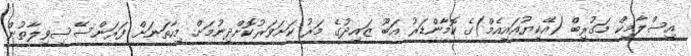
އިސްލާމިކް މަގުރިބް (އޭކިޔުއައިއެމް)ގެ ކޮމާންޑަރު އަބޫ ޒައިދުގެ މަރު ކަށަވަރުކޮށްދިނުމަށް މިހާތަނަށް ފަރަންސޭސިވިލާތުން